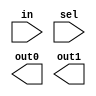
module DMux(in, sel, out0, out1);
input in, sel;
output out0, out1;

and an0(s, in, sel);
not no0(t, s);
and an1(a, in, t);
or  or0(b, s, s);

endmodule